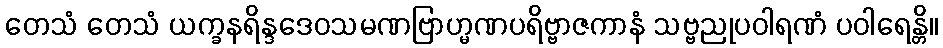
တေသံ တေသံ ယက္ခနရိန္ဒဒေဝသမဏဗြာဟ္မဏပရိဗ္ဗာဇကာနံ သဗ္ဗညုပဝါရဏံ ပဝါရေန္တိ။